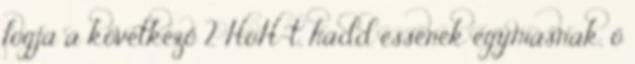
fogja a következő 2 HoH-t, hadd essenek egymásnak, ő